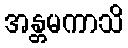
အန္တမကာသိ